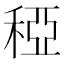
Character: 稏